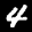
Label: 4